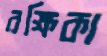
রক্ষিকা